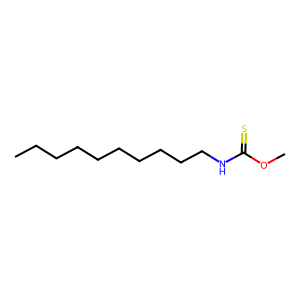
SMILES: CCCCCCCCCCNC(=S)OC
Inhibits HIV replication: No